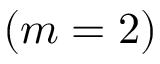
( m = 2 )